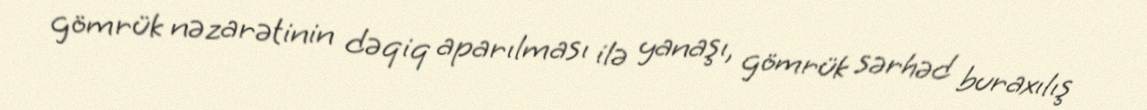
gömrük nəzarətinin dəqiq aparılması ilə yanaşı, gömrük sərhəd buraxılış